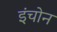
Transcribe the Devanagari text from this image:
इंचोन